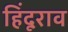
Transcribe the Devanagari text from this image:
हिंदूराव